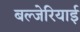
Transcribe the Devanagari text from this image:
बल्जेरियाई